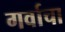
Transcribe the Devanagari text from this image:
गर्वाचा